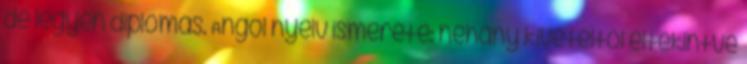
de legyen diplomás. Angol nyelv ismerete: néhány kivételtől eltekintve